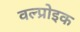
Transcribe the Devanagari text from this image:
वल्प्रोइक